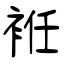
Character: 袵